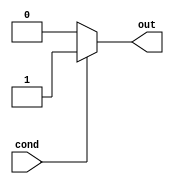
module IfElseExample (
    input wire cond,
    output reg out
);

always @(*) begin
    if (cond == 1) begin
        out <= 1;
    end
    else begin
        out <= 0;
    end
end

endmodule